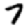
Digit: 7